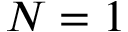
{ N = 1 }